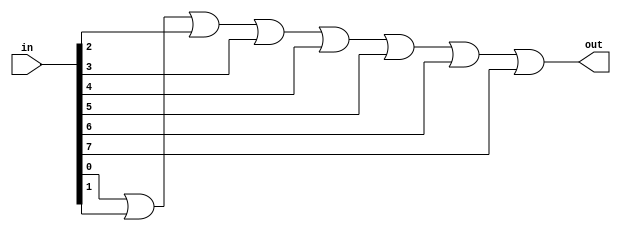
module Or8Way (
  input[7:0] in,
  output out
);

  wire [7:1] w;

  or(w[1], in[0], in[1]);

  genvar i;
  for(i=2; i<8; i=i+1) begin
    or(w[i], w[i-1], in[i]);
  end

  assign out = w[7];

endmodule